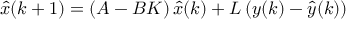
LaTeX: { \hat { x } } ( k + 1 ) = \left( A - B K \right) { \hat { x } } ( k ) + L \left( y ( k ) - { \hat { y } } ( k ) \right)